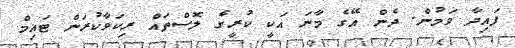
ފައިދާ ވަމުން. ދެން އޭގެ މާނަ އަކީ ކުރީގެ ލޮސްތައް ރިކަވާކުރަން ޓައިމް